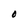
Character: 0